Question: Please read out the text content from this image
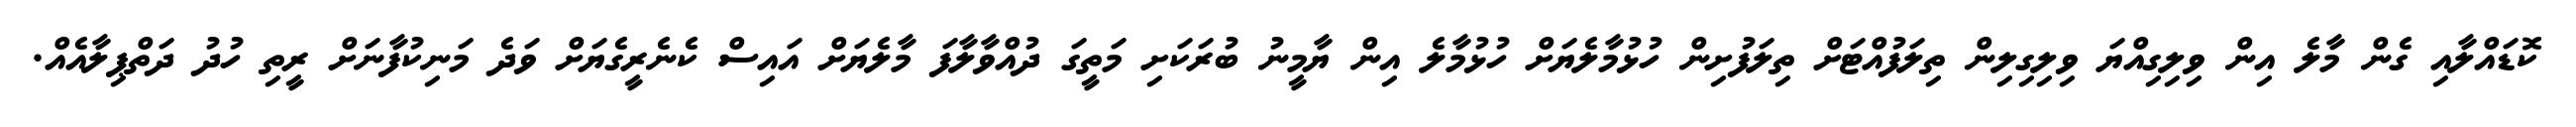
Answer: ކޮޑައްލާއި ގެން މާލެ އިން ވިލިގިއްޔަ ވިލިގިލިން ތިލަފުއްޓަށް ތިލަފުށިން ހުޅުމާލެޔަށް ހުޅުމާލެ އިން ޔާމީނު ބުރަކަށި މަތީގަ ދުއްވާލާފަ މާލެޔަށް އައިސް ކެނެރީގެޔަށް ވަދެ މަނިކުފާނަށް ރީތި ހުދު ދަތްޕިލާއެއް.